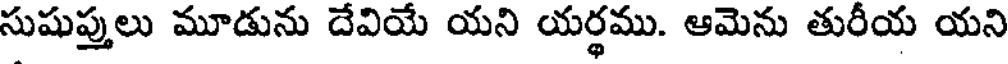
సుషుప్తులు మూడును దేవియే యని యర్థము. ఆమెను తురీయ యని